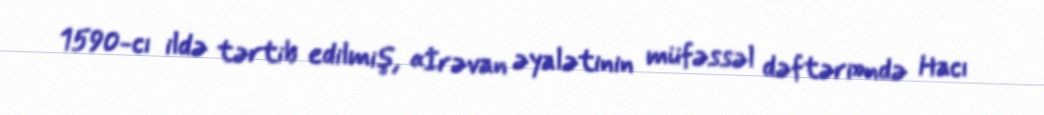
1590-cı ildə tərtib edilmiş, «İrəvan əyalətinin müfəssəl dəftəri»ndə Hacı